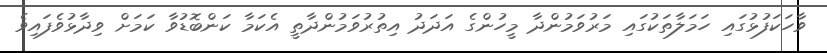
ވާހަކަފުޅުގައި ހަމަލާތަކުގައި މަރުވަމުންދާ މީހުންގެ އަދަދު އިތުރުވަމުންދާތީ އެކަމާ ކަންބޮޑުވާ ކަމަށް ވިދާޅުވެފައިވެ